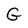
Character: G